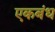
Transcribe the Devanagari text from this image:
एकबंध